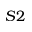
S 2